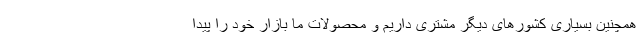
همچنین بسیاری کشورهای دیگر مشتری داریم و محصولات ما بازار خود را پیدا